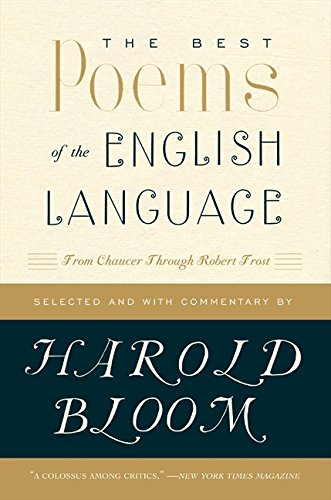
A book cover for The Best Poems of the English Language: From Chaucer Through Robert Frost; Harold Bloom; Literature & Fiction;